Leningradi_Edasi_toimetus, lk 71
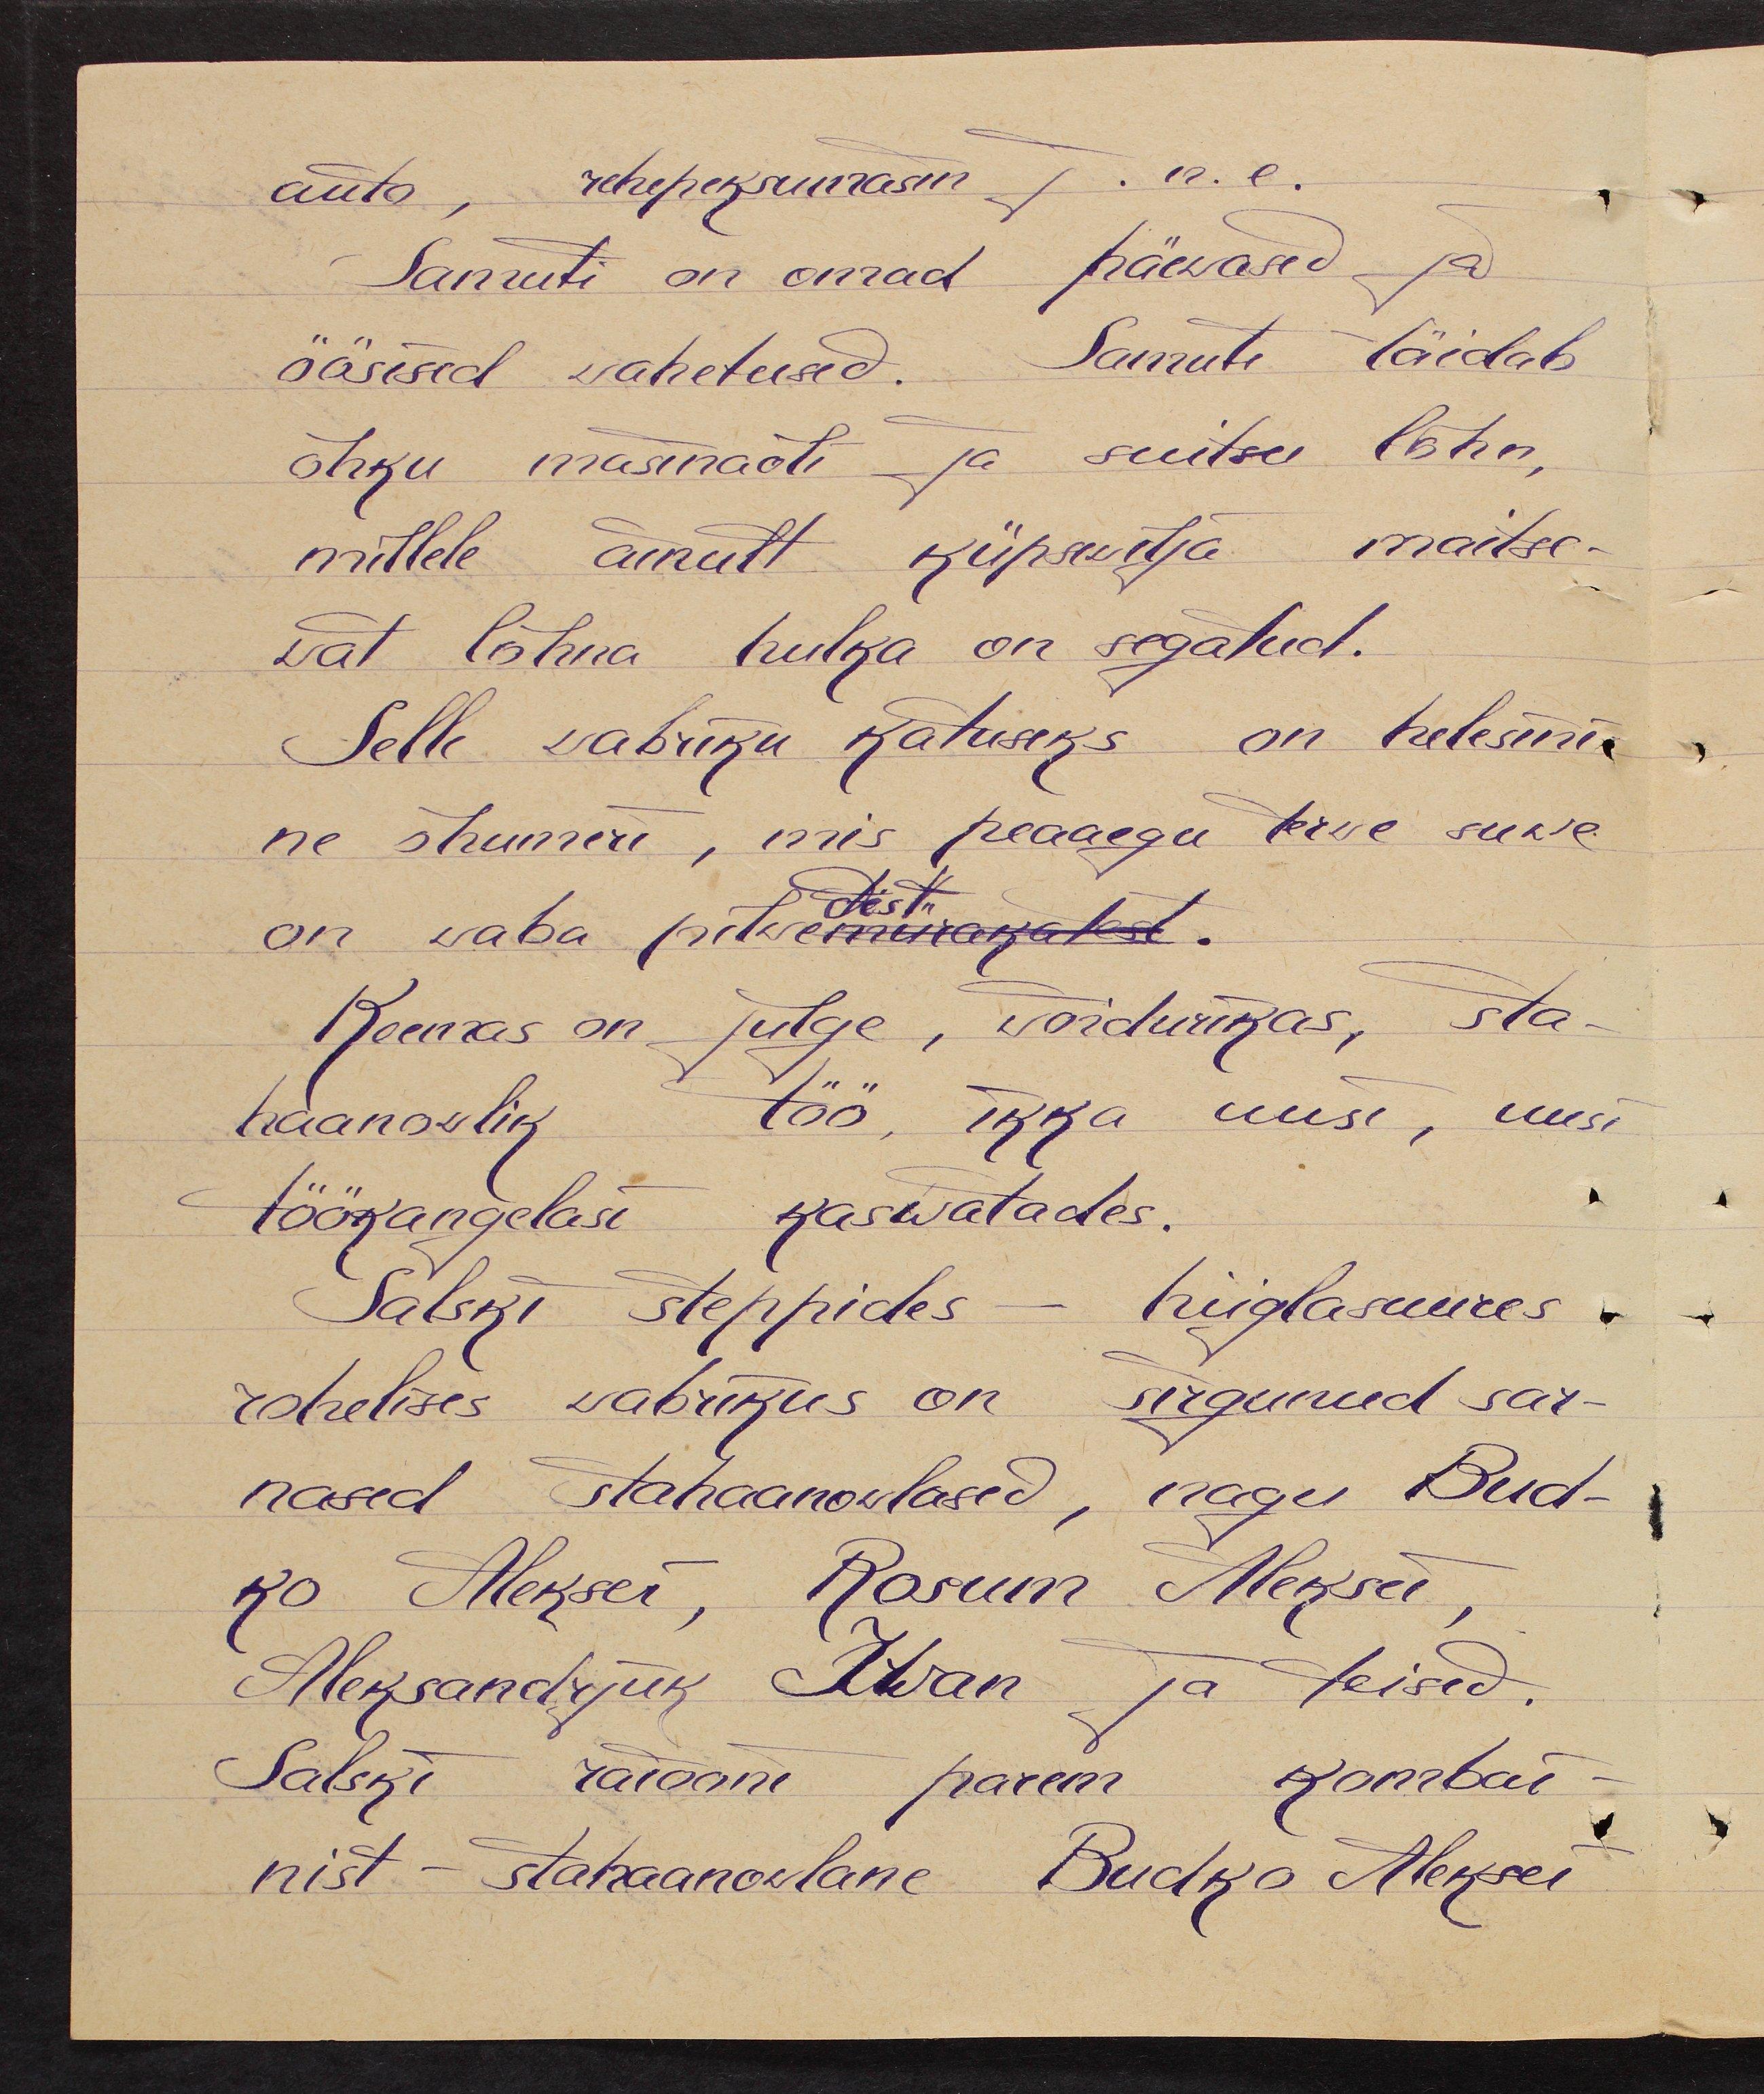
auto, rehepeksumasin j.n.e.
Samuti on omad päewased ja
öösised wahetused. Samuti täidab
õhku masinaõli ja suitsu lõhn,
millele ainult küpsewilja maitse-
wat lõhna hulka on segatud.
Selle wabriku katuseks on helesini-
ne õhumeri, mis peaaegu terwe suwe
on waba pilwedest.
Keemas on julge, wõidurikas, sta-
haanowlik töö, ikka uus, uusi
töökangelasi kaswatades.
Salski steppides - hiiglasuures
rohelises wabrikus on sirgunud sar-
nased stahaanowlased, nagu Bud-
ko Aleksei, Rosum Aleksei,
Aleksandrjuk Iwan ja teised.
Salski raiooni parem kombai-
nist - stahaanowlane Budko Aleksei